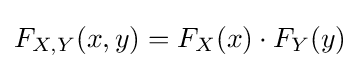
F_{X,Y}(x,y)=F_{X}(x)\cdot F_{Y}(y)